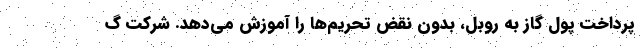
پرداخت پول گاز به روبل، بدون نقض تحریم‌ها را آموزش می‌دهد. شرکت گ